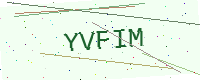
Text: YVFIM